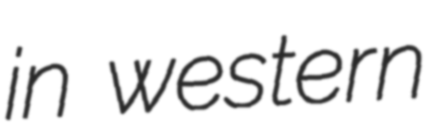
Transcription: in western